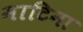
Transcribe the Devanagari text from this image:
माटिना